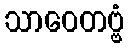
သာဝေတဗ္ဗံ